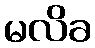
မလိခ